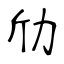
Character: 劤